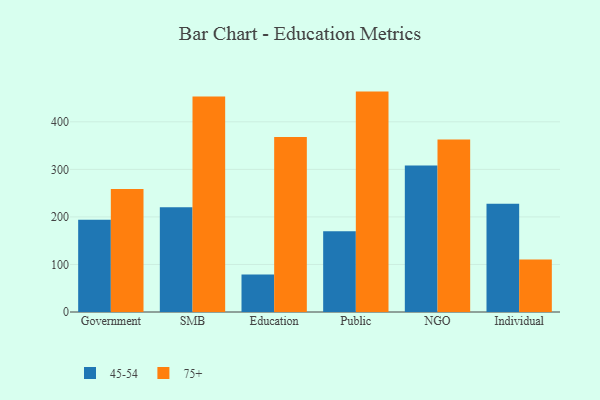
{"axis": {"x": "Segment", "y": "Customer Acquisition Cost (USD)"}, "legend": ["45-54", "75+"], "data": [{"x": "Government", "y": 194.2, "type": "45-54"}, {"x": "Government", "y": 258.5, "type": "75+"}, {"x": "SMB", "y": 220.5, "type": "45-54"}, {"x": "SMB", "y": 453.3, "type": "75+"}, {"x": "Education", "y": 78.7, "type": "45-54"}, {"x": "Education", "y": 368.1, "type": "75+"}, {"x": "Public", "y": 170.1, "type": "45-54"}, {"x": "Public", "y": 463.6, "type": "75+"}, {"x": "NGO", "y": 307.9, "type": "45-54"}, {"x": "NGO", "y": 362.7, "type": "75+"}, {"x": "Individual", "y": 227.8, "type": "45-54"}, {"x": "Individual", "y": 110.3, "type": "75+"}]}